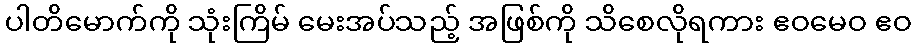
ပါတိမောက်ကို သုံးကြိမ် မေးအပ်သည့် အဖြစ်ကို သိစေလိုရကား ဧဝမေဝ ဧဝ